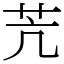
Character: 苀